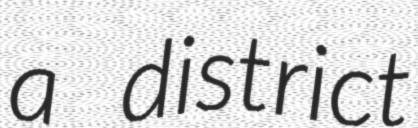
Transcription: a district